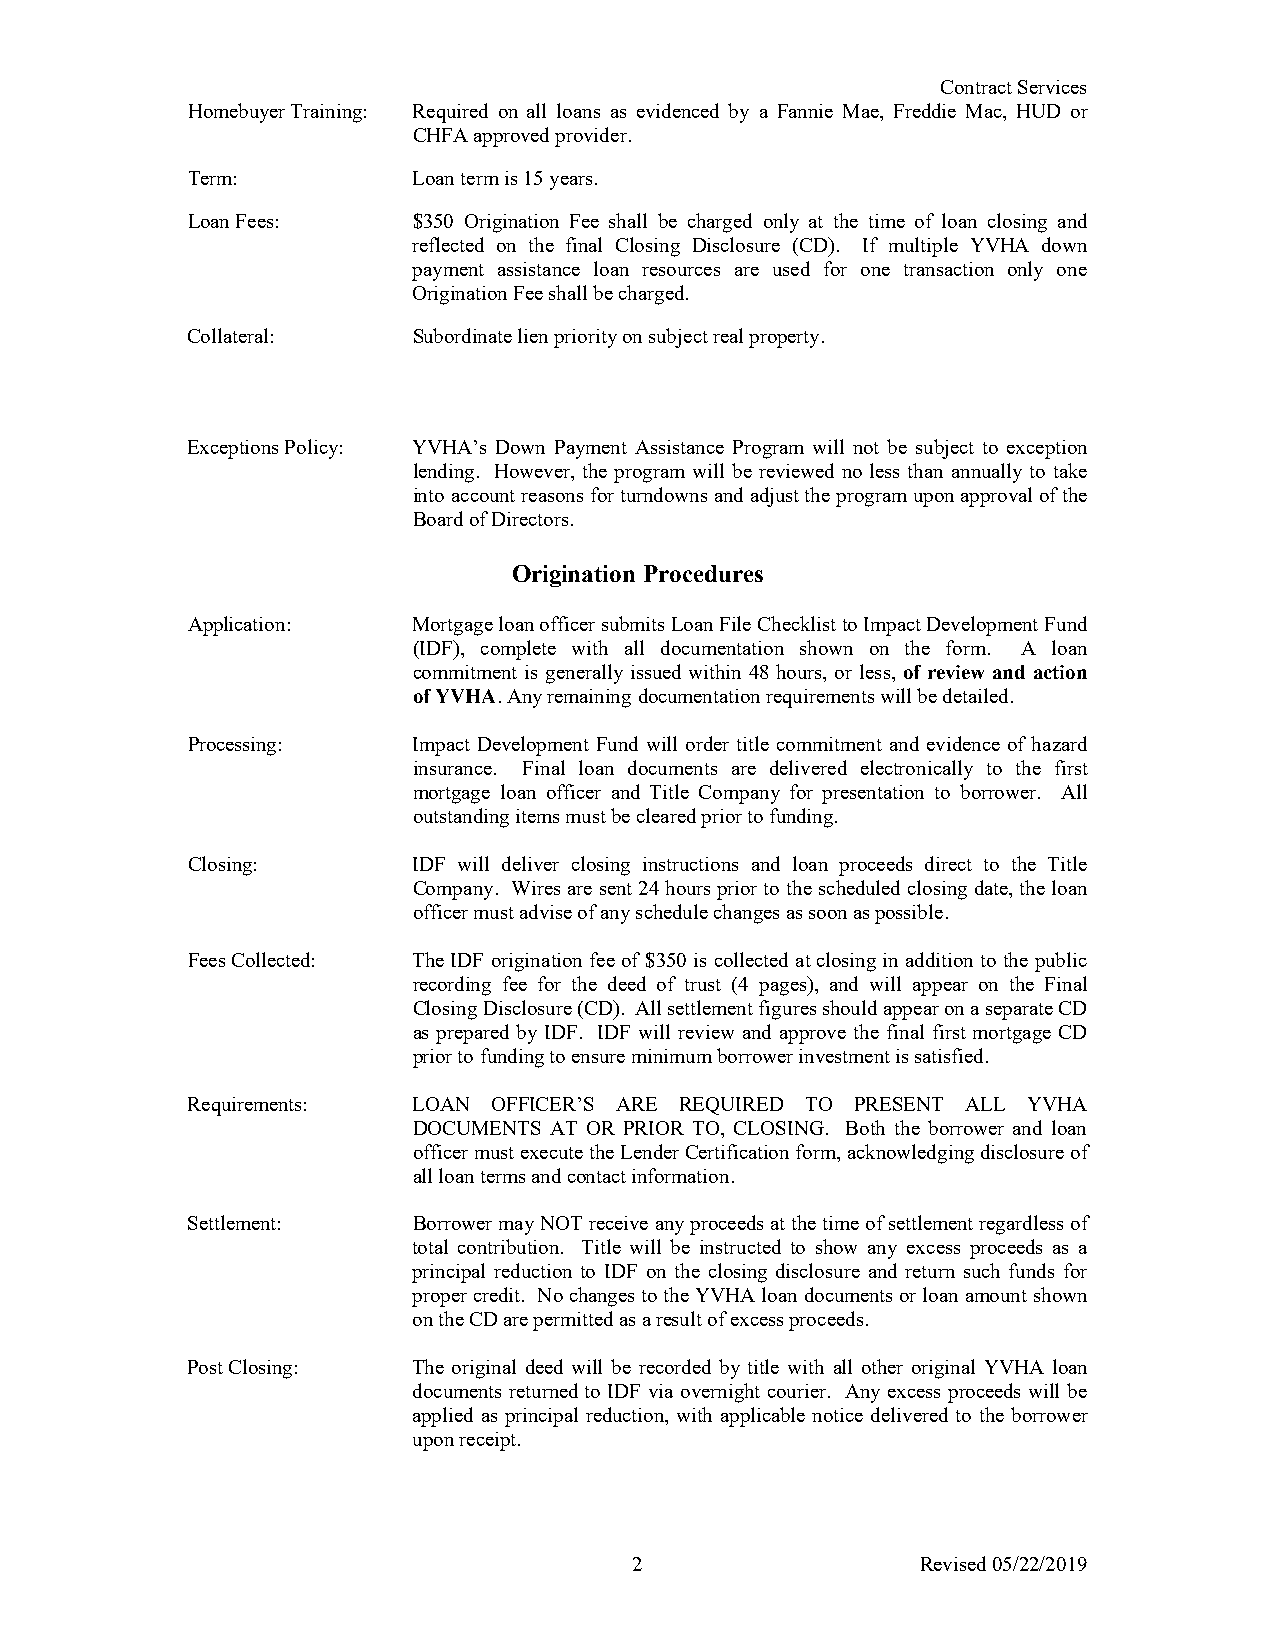
Contract Services
 Homebuyer Training: Required on all loans as evidenced by a Fannie Mae, Freddie Mac, HUD or
 CHFA approved provider.
 Term:          Loan term is 15 years.
 Loan Fees:     $350 Origination Fee shall be charged only at the time of loan closing and
 reflected on the final Closing Disclosure (CD). If multiple YVHA down
 payment assistance loan resources are used for one transaction only one
 Origination Fee shall be charged.
 Collateral:    Subordinate lien priority on subject real property.
 Exceptions Policy: YVHA’s Down Payment Assistance Program will not be subject to exception
 lending. However, the program will be reviewed no less than annually to take
 into account reasons for turndowns and adjust the program upon approval of the
 Board of Directors.
 Origination Procedures
 Application:   Mortgage loan officer submits Loan File Checklist to Impact Development Fund
 (IDF), complete with all documentation shown on the form. A loan
 commitment is generally issued within 48 hours, or less, of review and action
 of YVHA. Any remaining documentation requirements will be detailed.
 Processing:    Impact Development Fund will order title commitment and evidence of hazard
 insurance. Final loan documents are delivered electronically to the first
 mortgage loan officer and Title Company for presentation to borrower. All
 outstanding items must be cleared prior to funding.
 Closing:       IDF will deliver closing instructions and loan proceeds direct to the Title
 Company. Wires are sent 24 hours prior to the scheduled closing date, the loan
 officer must advise of any schedule changes as soon as possible.
 Fees Collected: The IDF origination fee of $350 is collected at closing in addition to the public
 recording fee for the deed of trust (4 pages), and will appear on the Final
 Closing Disclosure (CD). All settlement figures should appear on a separate CD
 as prepared by IDF. IDF will review and approve the final first mortgage CD
 prior to funding to ensure minimum borrower investment is satisfied.
 Requirements:  LOAN  OFFICER’S ARE REQUIRED TO PRESENT ALL YVHA
 DOCUMENTS AT OR PRIOR TO, CLOSING. Both the borrower and loan
 officer must execute the Lender Certification form, acknowledging disclosure of
 all loan terms and contact information.
 Settlement:    Borrower may NOT receive any proceeds at the time of settlement regardless of
 total contribution. Title will be instructed to show any excess proceeds as a
 principal reduction to IDF on the closing disclosure and return such funds for
 proper credit. No changes to the YVHA loan documents or loan amount shown
 on the CD are permitted as a result of excess proceeds.
 Post Closing:  The original deed will be recorded by title with all other original YVHA loan
 documents returned to IDF via overnight courier. Any excess proceeds will be
 applied as principal reduction, with applicable notice delivered to the borrower
 upon receipt.
 2                  Revised 05/22/2019